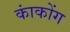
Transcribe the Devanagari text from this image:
कांकोंग